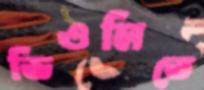
ভিওলিতে